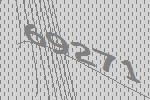
69271